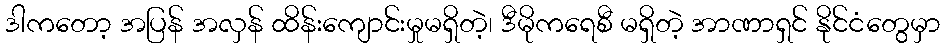
ဒါကတော့ အပြန် အလှန် ထိန်းကျောင်းမှုမရှိတဲ့၊ ဒီမိုကရေစီ မရှိတဲ့ အာဏာရှင် နိုင်ငံတွေမှာ